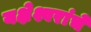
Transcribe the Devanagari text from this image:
यक्षेश्वरांचे